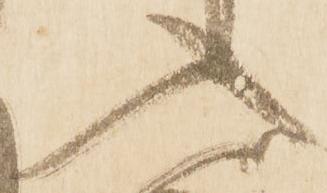
入